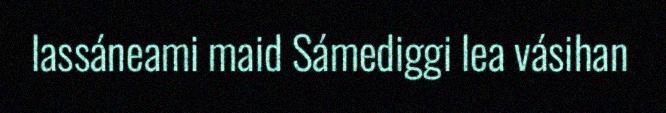
lassáneami maid Sámediggi lea vásihan